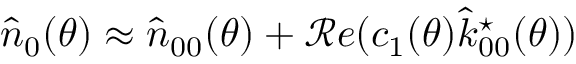
\hat { n } _ { 0 } ( \theta ) \approx \hat { n } _ { 0 0 } ( \theta ) + \mathscr { R e } ( c _ { 1 } ( \theta ) \hat { k } _ { 0 0 } ^ { \star } ( \theta ) )